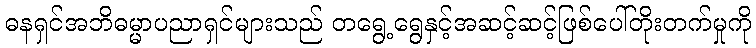
ဓနရှင်အဘိဓမ္မာပညာရှင်များသည် တရွေ့ရွေနှင့်အဆင့်ဆင့်ဖြစ်ပေါ်တိုးတက်မှုကို